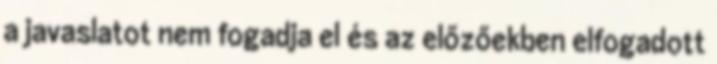
a javaslatot nem fogadja el és az előzőekben elfogadott